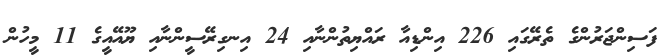
ފަސިންޖަރުންގެ ތެރޭގައި 226 އިންޑިއާ ރައްޔިތުންނާއި 24 އިނގިރޭސީންނާއި ޔޫއޭއީގެ 11 މީހުން